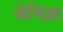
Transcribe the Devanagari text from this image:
जेनिज़ा